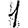
Digit: 1